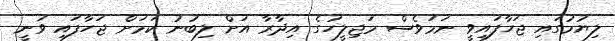
ލިޔުމުގައި ޖަހާފައިވީ ނަމަވެސް މަޖިލީހުގެ އިދާރާ އަށް ލިބުނު ކަމަށް ޖަހާފައި ވަނީ